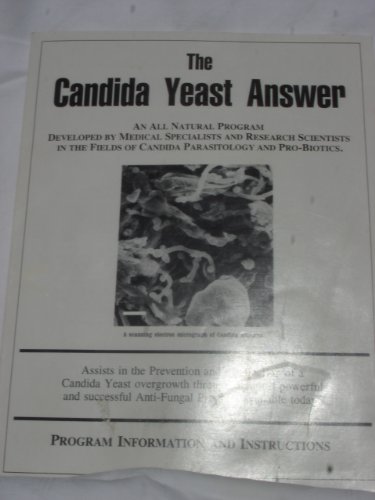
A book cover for Candida Yeast Answer an All Natural Prog; Candida Wellness Cen; Health, Fitness & Dieting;